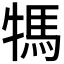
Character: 𤚴